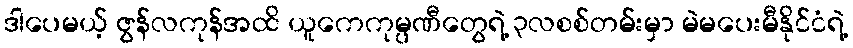
ဒါပေမယ့် ဇွန်လကုန်အထိ ယူကေကုမ္ပဏီတွေရဲ့ ၃လစစ်တမ်းမှာ မဲမပေးမီနိုင်ငံရဲ့